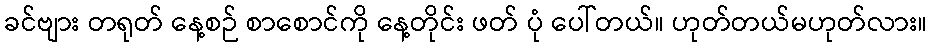
ခင်ဗျား တရုတ် နေ့စဉ် စာစောင်ကို နေ့တိုင်း ဖတ် ပုံ ပေါ်တယ်။ ဟုတ်တယ်မဟုတ်လား။